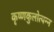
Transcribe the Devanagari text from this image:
कृष्णकुलोत्पन्न